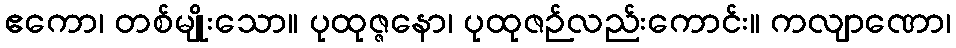
ဧကော၊ တစ်မျိုးသော။ ပုထုဇ္ဇနော၊ ပုထုဇဉ်လည်းကောင်း။ ကလျာဏော၊